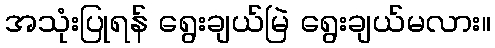
အသုံးပြုရန် ရွေးချယ်မြဲ ရွေးချယ်မလား။